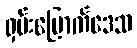
ရှမ်းမြောက်ဒေသ